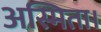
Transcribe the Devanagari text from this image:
अस्मिता।